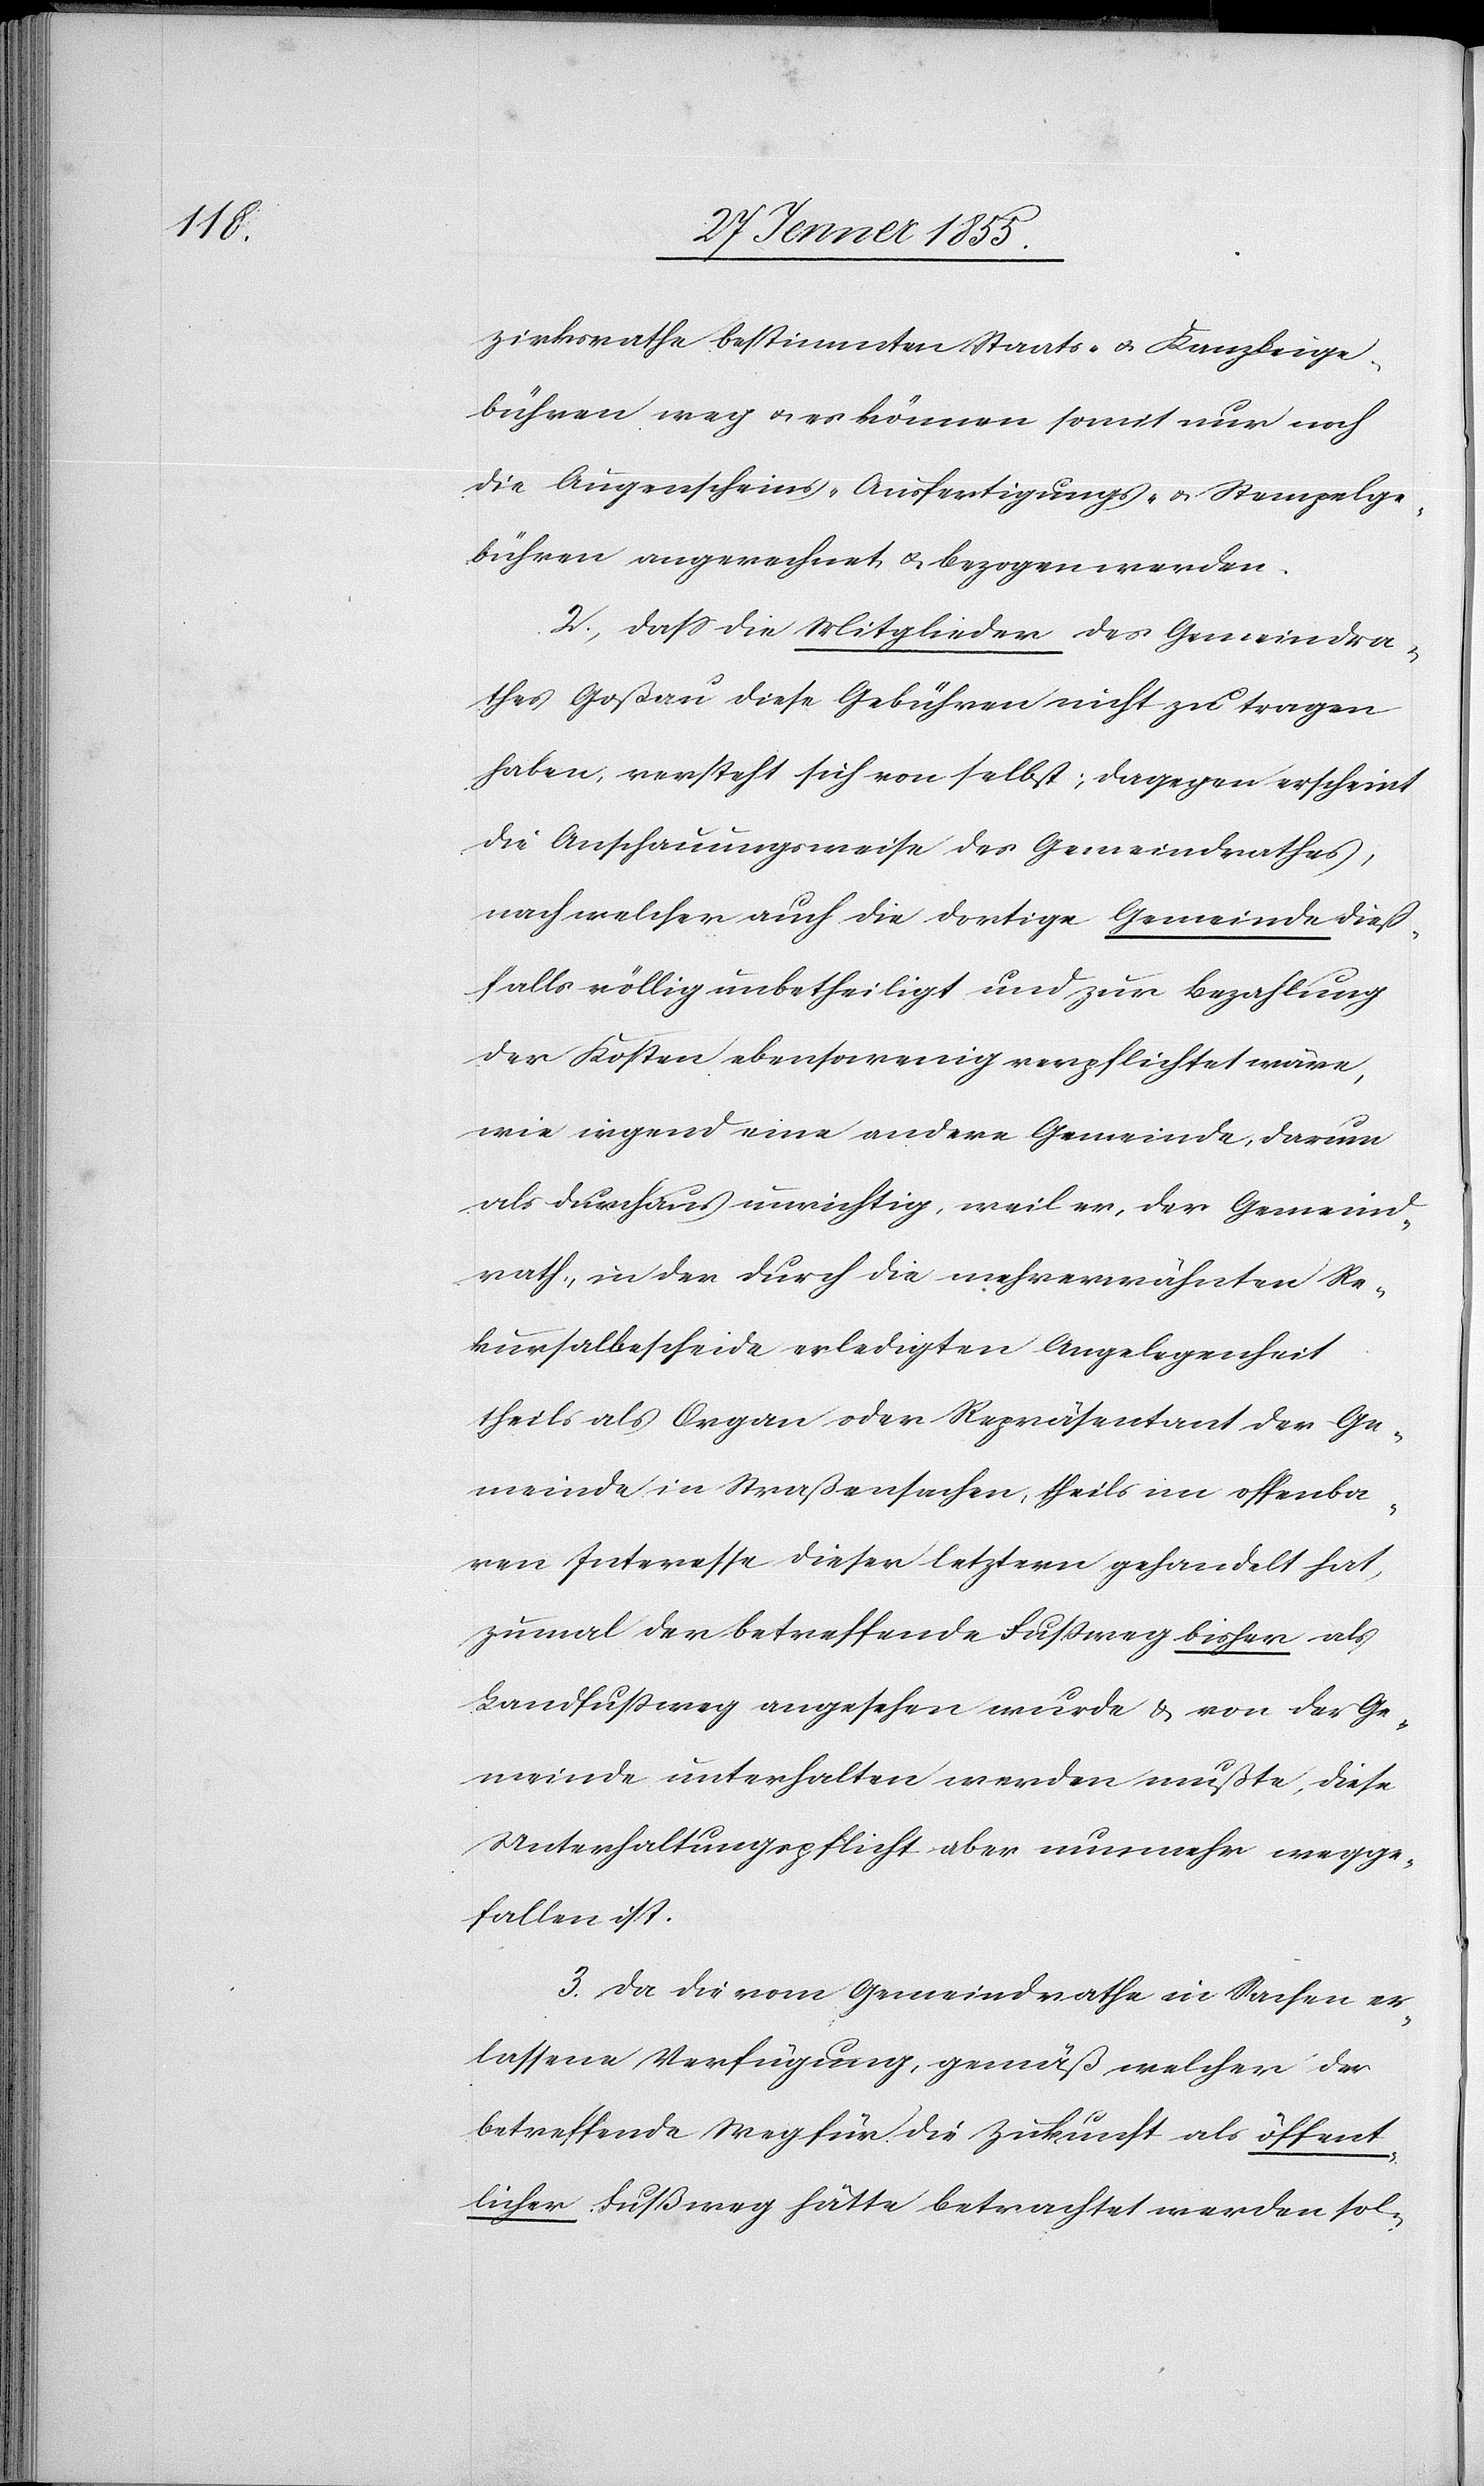
zirksrathe bestimmten Staats- & Kanzleige¬
bühren weg & es können somit nur noch
die Augenscheins-[,] Ausfertigungs- & Stempelge¬
bühren angerechnet & bezogen werden.
2., Dass die Mitglieder des Gemeindra¬
thes Goßau diese Gebühren nicht zu tragen
haben, versteht sich von selbst; dagegen erscheint
die Anschauungsweise des Gemeindrathes,
nach welcher auch die dortige Gemeinde dieß¬
falls völlig unbetheiligt und zur Bezahlung
der Kosten ebensowenig verpflichtet wäre,
wie irgend eine andere Gemeinde, darum
als durchaus unrichtig, weil er, der Gemeind¬
rath, in der durch die mehrerwähnten Re¬
kursalbescheide erledigten Angelegenheit
theils als Organ oder Repräsentant der Ge¬
meinde in Straßensachen, theils im offenba¬
ren Interesse dieser letztern gehandelt hat,
zumal der betreffende Fussweg bisher als
Landfussweg angesehen wurde & von der Ge¬
meinde unterhalten werden mußte, diese
Unterhaltungspflicht aber nunmehr wegge¬
fallen ist.
3. Da die vom Gemeindrathe in Sachen er¬
lassene Verfügung, gemäß welcher der
betreffende Weg für die Zukunft als öffent¬
licher Fußweg hätte betrachtet werden sol-